Report of the Indian Hemp Drugs Commission, 1894-1895 - Volume IV
Year: 1894
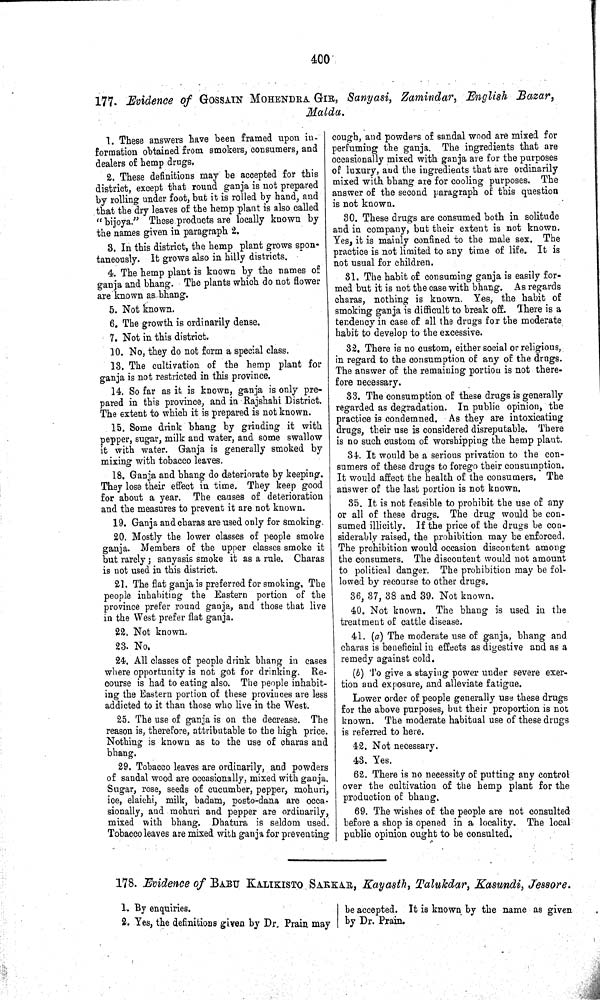
400
177. Evidence of GOSSAIN MOHENDRA GIR, Sanyasi, Zamindar, English Bazar,
Malda.
1. These answers have been framed upon in-
formation obtained from smokers, consumers, and
dealers of hemp drugs,
2. These definitions may be accepted for this
district, except that round ganja is not prepared
by rolling under foot, but it is rolled by hand, and
that the dry leaves of the hemp plant is also called
"bijoya." These products are locally known by
the names given in paragraph 2.
3. In this district, the hemp plant grows spon-
taneously. It grows also in hilly districts.
4. The hemp plant is known by the names of
ganja and bhang. The plants which do not flower
are known as bhang.
5. Not known.
6. The growth is ordinarily dense.
7. Not in this district.
10. No, they do not form a special class.
13. The cultivation of the hemp plant for
ganja is not restricted in this province.
14. So far as it is known, ganja is only pre-
pared in this province, and in Rajshahi District.
The extent to which it is prepared is not known.
15. Some drink bhang by grinding it with
pepper, sugar, milk and water, and some swallow
it with water. Ganja is generally smoked by
mixing with tobacco leaves.
18. Ganja and bhang do deteriorate by keeping.
They lose their effect in time. They keep good
for about a year. The causes of deterioration
and the measures to prevent it are not known.
19. Ganja and charas are used only for smoking.
20. Mostly the lower classes of people smoke
ganja. Members of the upper classes smoke it
but rarely; sanyasis smoke it as a rule. Charas
is not used in this district.
21. The flat ganja is preferred for smoking. The
people inhabiting the Eastern portion of the
province prefer round ganja, and those that live
in the West prefer flat ganja.
22. Not known.
23. No.
24. All classes of people drink bhang in cases
where opportunity is not got for drinking. Re-
course is had to eating also. The people inhabit-
ing the Eastern portion of these provinces are less
addicted to it than those who live in the West.
25. The use of ganja is on the decrease. The
reason is, therefore, attributable to the high price.
Nothing is known as to the use of charas and
bhang.
29. Tobacco leaves are ordinarily, and powders
of sandal wood are occasionally, mixed with ganja.
Sugar, rose, seeds of cucumber, pepper, mohuri,
ice, elaichi, milk, badam, posto-dana are occa-
sionally, and mohuri and pepper are ordinarily,
mixed with bhang. Dhatura is seldom used.
Tobacco leaves are mixed with ganja for preventing
cough, and powders of sandal wood are mixed for
perfuming the ganja. The ingredients that are
occasionally mixed with ganja are for the purposes
of luxury, and the ingredients that are ordinarily
mixed with bhang are for cooling purposes. The
answer of the second paragraph of this question
is not known.
30. These drugs are consumed both in solitude
and in company, but their extent is not known.
Yes, it is mainly confined to the male sex. The
practice is not limited to any time of life. It is
not usual for children.
31. The habit of consuming ganja is easily for-
med but it is not the case with bhang. As regards
charas, nothing is known. Yes, the habit of
smoking ganja is difficult to break off. There is a
tendency in case of all the drugs for the moderate
habit to develop to the excessive.
32. There is no custom, either social or religious,
in regard to the consumption of any of the drugs.
The answer of the remaining portion is not there-
fore necessary.
33. The consumption of these drugs is generally
regarded as degradation. In public opinion, the
practice is condemned. As they are intoxicating
drugs, their use is considered disreputable. There
is no such custom of worshipping the hemp plant.
34. It would be a serious privation to the con-
sumers of these drugs to forego their consumption.
It would affect the health of the consumers. The
answer of the last portion is not known.
35. It is not feasible to prohibit the use of any
or all of these drugs. The drug would be con-
sumed illicitly. If the price of the drugs be con-
siderably raised, the prohibition may be enforced.
The prohibition would occasion discontent among
the consumers. The discontent would not amount
to political danger. The prohibition may be fol-
lowed by recourse to other drugs.
36, 37, 38 and 39. Not known.
40. Not known. The bhang is used in the
treatment of cattle disease.
41. (a) The moderate use of ganja, bhang and
charas is beneficial in effects as digestive and as a
remedy against cold.
(b) To give a staying power under severe exer-
tion and exposure, and alleviate fatigue.
Lower order of people generally use these drugs
for the above purposes, but their proportion is not
known. The moderate habitual use of these drugs
is referred to here.
42. Not necessary.
43. Yes.
62. There is no necessity of putting any control
over the cultivation of the hemp plant for the
production of bhang.
69. The wishes of the people are not consulted
before a shop is opened in a locality. The local
public opinion ought to be consulted.
178. Evidence of BABU KALIKISTO SARKAR, Kayasth, Talukdar, Kasundi, Jessore.
1. By enquiries.
2. Yes, the definitions given by Dr. Prain may
be accepted. It is known by the name as given
by Dr. Prain.